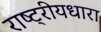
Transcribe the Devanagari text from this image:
राष्ट्रीयधारा